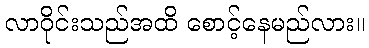
လာဝိုင်းသည်အထိ စောင့်နေမည်လား။